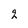
Character: 2